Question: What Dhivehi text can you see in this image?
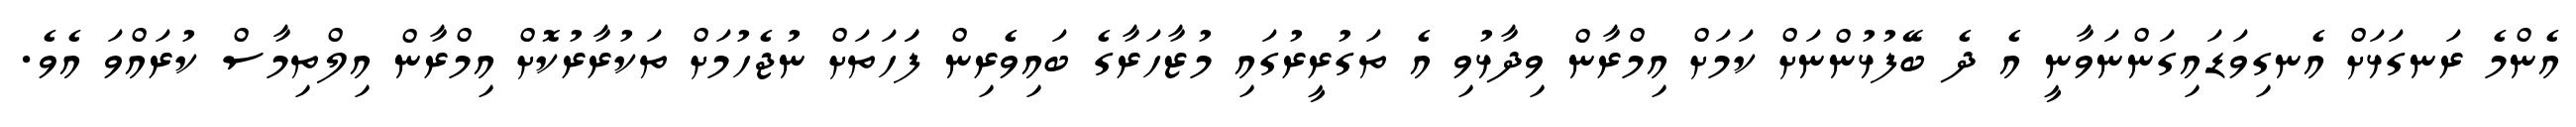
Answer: އެންމެ ރަނގަޅަށް އެނގިވަޑައިގަންނަވާނީ އެ ދެ ބޭފުޅުންނަށް ކަމަށް އިމްރާން ވިދާޅުވި އެ ތަގުރީރުގައި މުޒާހަރާގެ ބައިވެރިން ފަަހަތަށް ނުޖެހުމަށް ތަކުރާރުކޮށް އިމްރާން އިލްތިމާސް ކުރައްވަ އެވެ.